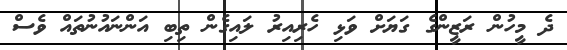
ދެ މީހުން ރަޒީންގެ ގަޔަށް ވަޅި ހެރިއިރު ލައިގެން ތިބި އަންނައުނުތައް ވެސް